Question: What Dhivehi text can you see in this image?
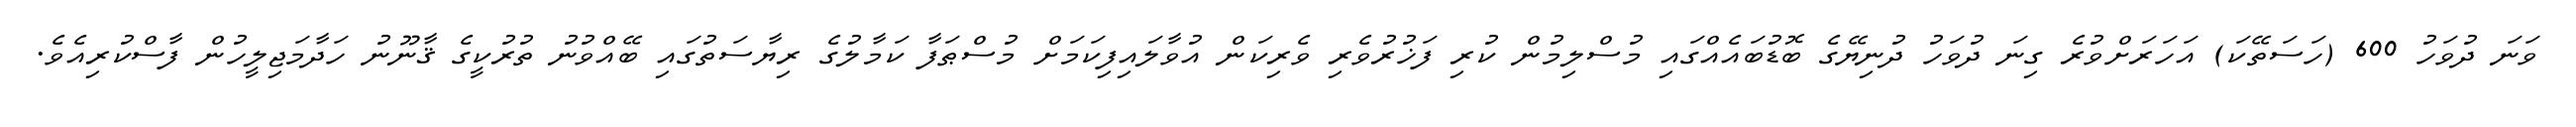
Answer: ވަނަ ދުވަހު 600 (ހަސަތޭކަ) އަހަރަށްވުރެ ގިނަ ދުވަހު ދުނިޔޭގެ ބޮޑުބައެއްގައި މުސްލިމުން ކުރި ފަޚުރުވެރި ވެރިކަން އުވާލައިފިކަމަށް މުސްޠަފާ ކަމާލުގެ ރިޔާސަތުގައި ބޭއްވުނު ތުރުކީގެ ޤާނޫނު ހަދާމަޖިލީހުން ފާސްކުރިއެވެ.